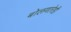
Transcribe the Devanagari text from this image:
बोलणारेही